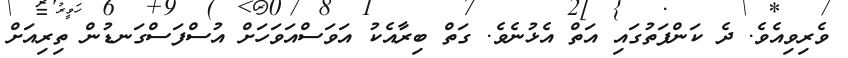
ވެރިވިއެވެ. ދެ ކަންފަތުގައި އަތް އެޅުނެވެ. ގަތް ބިރާއެކު އަވަސްއަވަހަށް އުސްފަސްގަނޑުން ތިރިއަށް